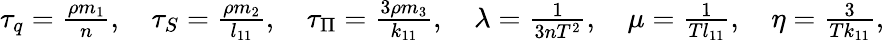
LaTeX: \begin{array}{r}{\tau_{q}=\frac{\rho m_{1}}{n},\quad\tau_{S}=\frac{\rho m_{2}}{l_{11}},\quad\tau_{\Pi}=\frac{3\rho m_{3}}{k_{11}},\quad\lambda=\frac{1}{3nT^{2}},\quad\mu=\frac{1}{Tl_{11}},\quad\eta=\frac{3}{Tk_{11}},}\end{array}